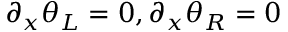
\partial _ { x } \theta _ { L } = 0 , \partial _ { x } \theta _ { R } = 0